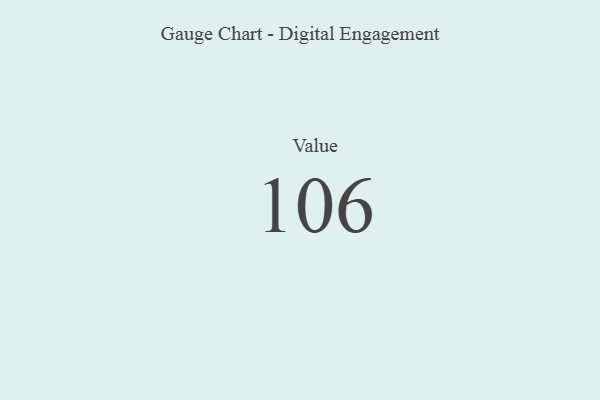
{"axis": {"x": "Metric", "y": "Value"}, "legend": [""], "data": [{"x": "Value", "y": 106, "type": ""}]}